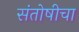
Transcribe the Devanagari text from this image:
संतोषीचा